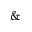
\&